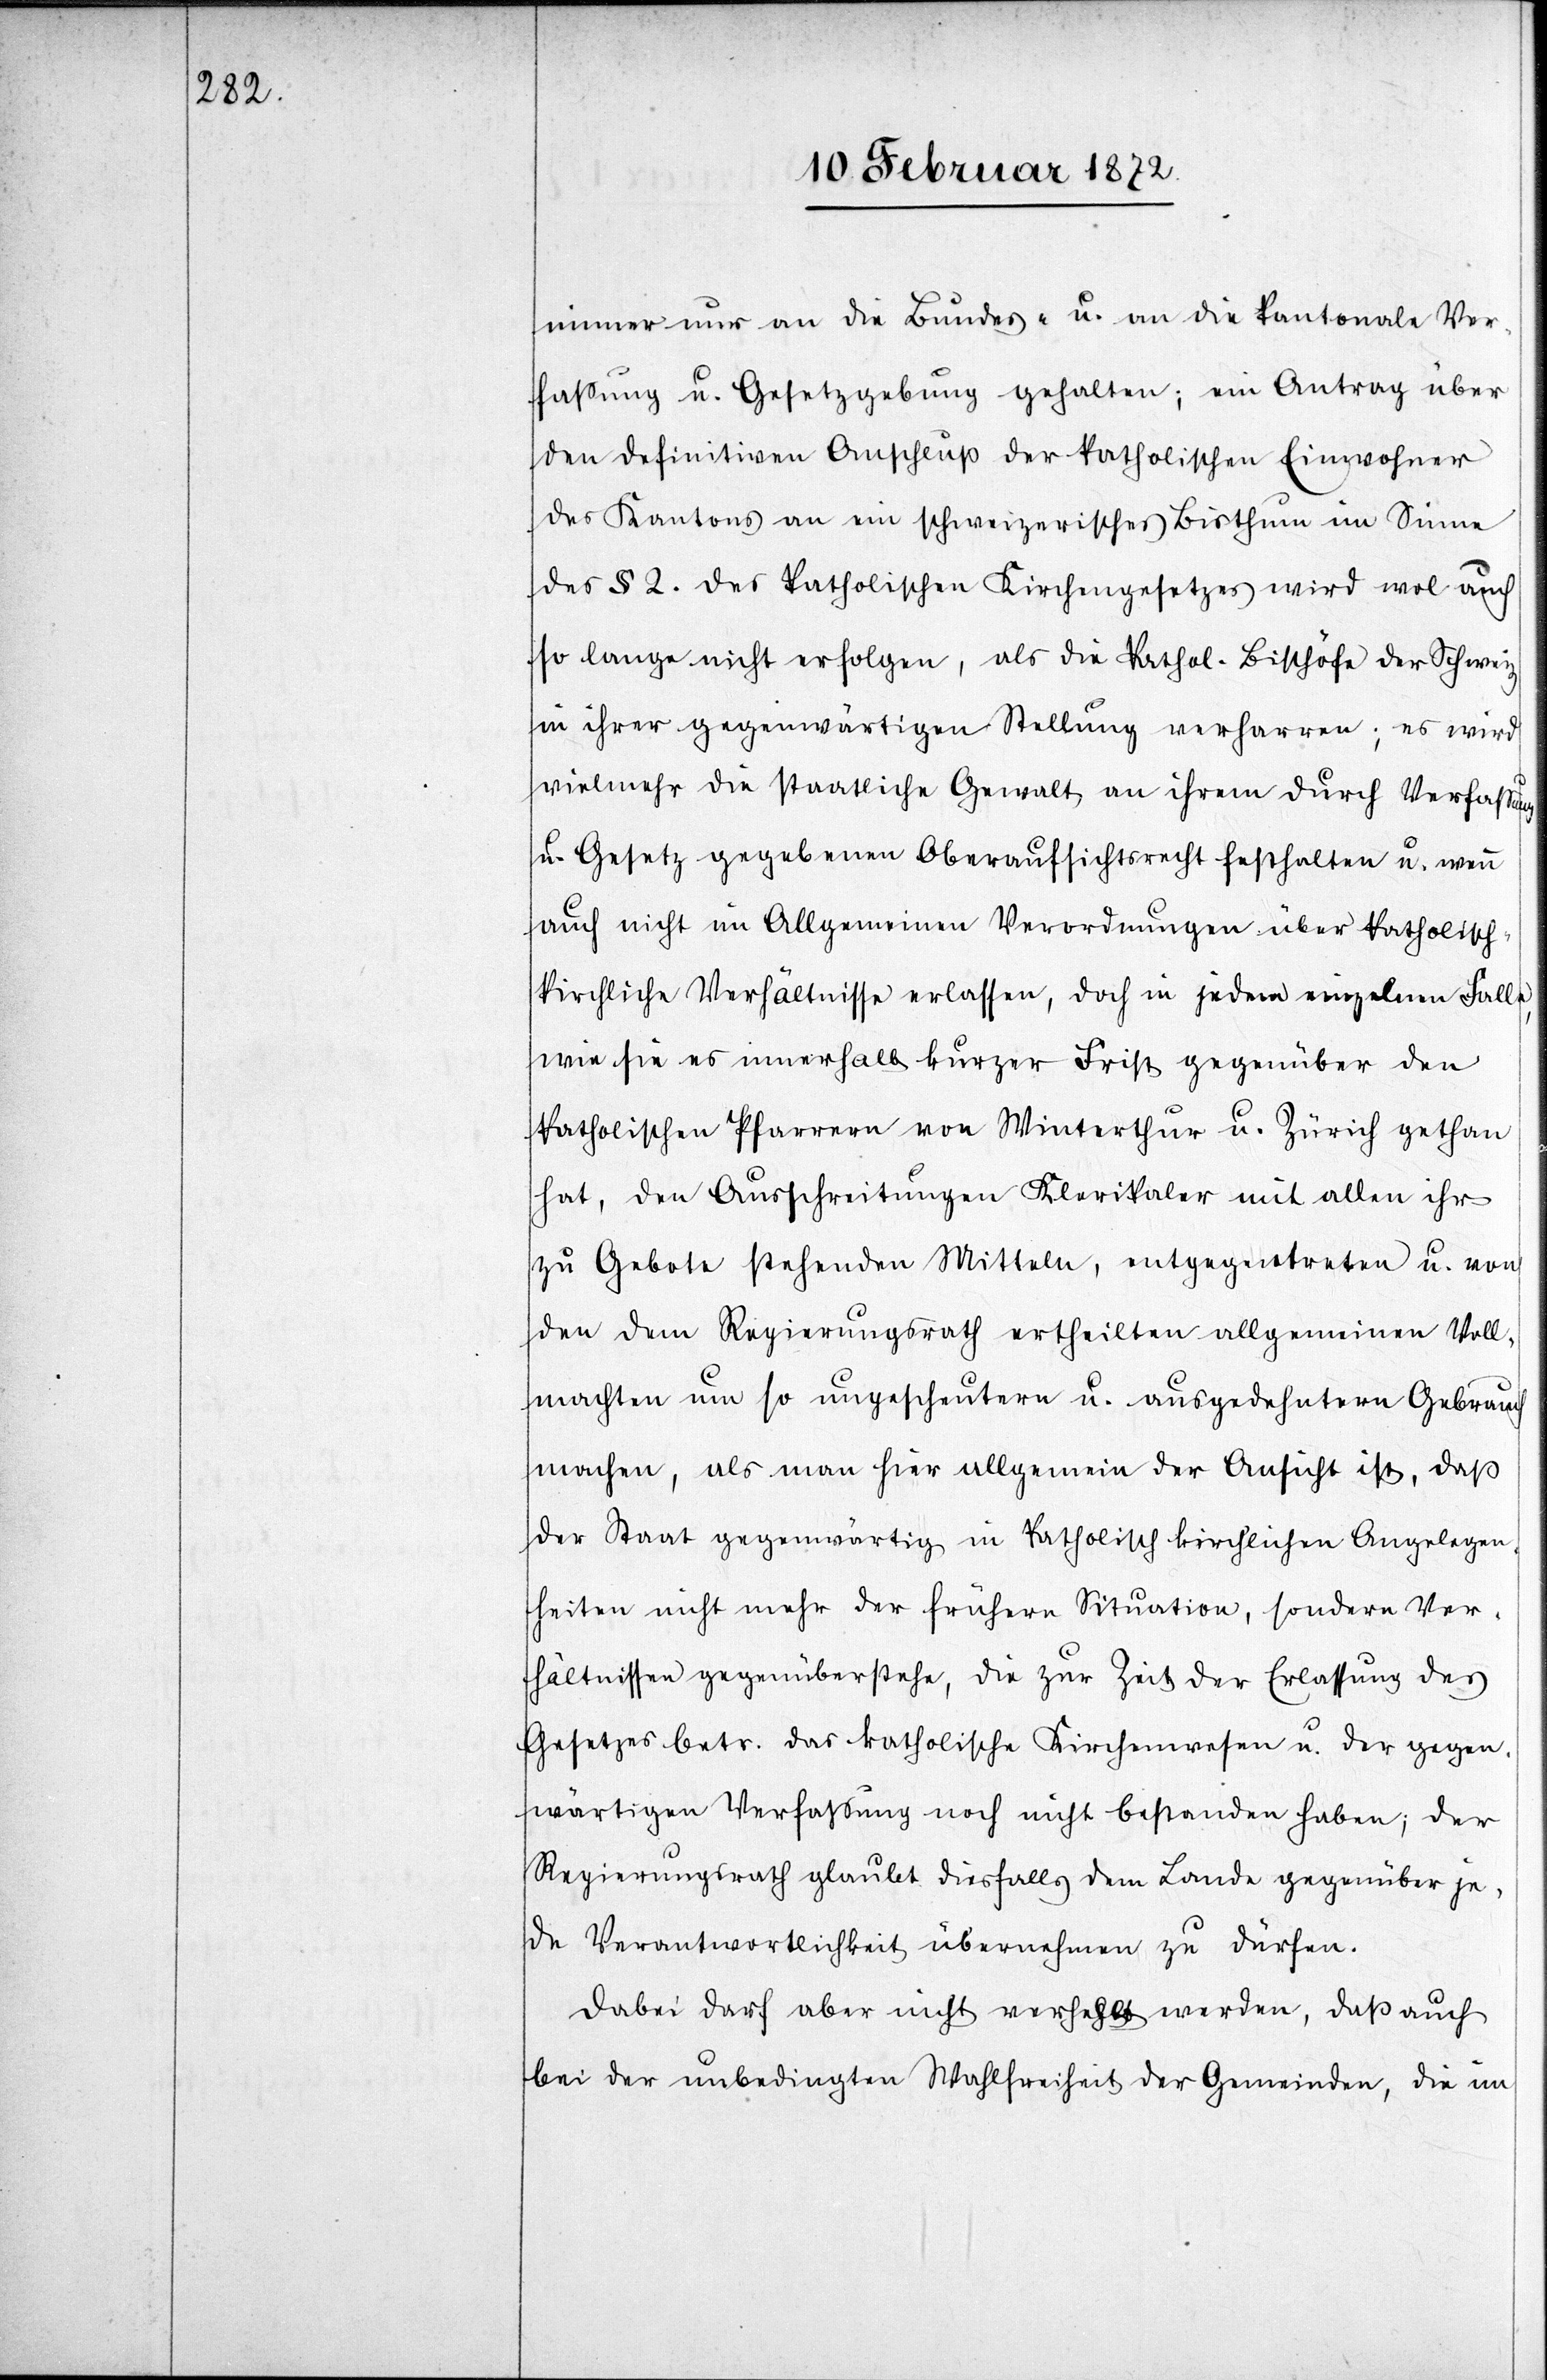
immer nur an die Bundes- u. an die kantonale Ver¬
fassung u. Gesetzgebung gehalten; ein Antrag über
den definitiven Anschluß der katholischen Einwohner
des Kantons an ein schweizerisches Bisthum im Sinne
des § 2. des katholischen Kirchengesetzes wird wol auch
so lange nicht erfolgen, als die kathol. Bischöfe der Schweiz
in ihrer gegenwärtigen Stellung verharren; es wird
vielmehr die staatliche Gewalt an ihrem durch Verfassung
u. Gesetz gegebene Oberaufsichtsrecht festhalten u. wenn
auch nicht im Allgemeinen Verordnungen über katholisch-k¬
irchliche Verhältnisse erlassen, doch in jedem einzelnen Falle,
wie sie es innerhalb kurzer Frist gegenüber den
katholischen Pfarrern von Winterthur u. Zürich gethan
hat, den Ausschreitungen Klerikaler mit allen ihr
zu Gebote stehenden Mitteln, entgegentreten u. von
den dem Regierungsrath ertheilten allgemeinen Voll¬
machten um so ungescheutern u. ausgedehntern Gebrauch
machen, als man hier allgemein der Ansicht ist, daß
der Staat gegenwärtig in katholisch kirchlichen Angelegen¬
heiten nicht mehr der frühern Situation, sondern Ver¬
hältnissen gegenüberstehe, die zur Zeit der Erlassung des
Gesetzes betr. das katholische Kirchenwesen u. der gegen¬
wärtigen Verfassung noch nicht bestanden haben; der
Regierungsrath glaubt diesfalls dem Lande gegenüber je¬
de Verantwortlichkeit übernehmen zu dürfen.
Dabei darf aber nicht verhehlt werden, daß auch
bei der unbedingten Wahlfreiheit der Gemeinden, die im